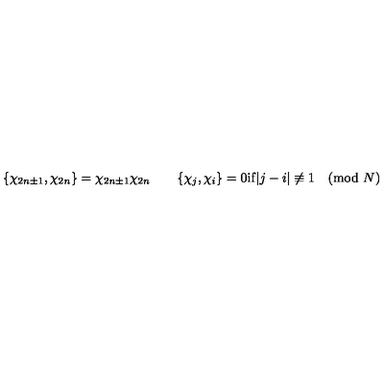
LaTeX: \{ \chi _ { 2 n \pm 1 } , \chi _ { 2 n } \} = \chi _ { 2 n \pm 1 } \chi _ { 2 n } \qquad \{ \chi _ { j } , \chi _ { i } \} = 0 \mathrm { i f } | j - i | \not \equiv 1 \pmod { N }